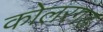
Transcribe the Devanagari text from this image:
कोलरगङ